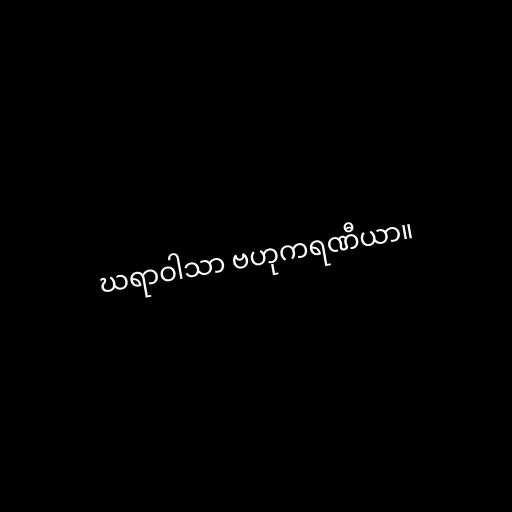
ဃရာဝါသာ ဗဟုကရဏီယာ။